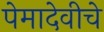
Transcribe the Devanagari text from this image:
पेमादेवीचे